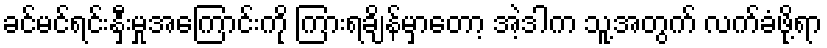
ခင်မင်ရင်းနှီးမှုအကြောင်းကို ကြားရချိန်မှာတော့ အဲ့ဒါက သူ့အတွက် လက်ခံဖို့ရာ